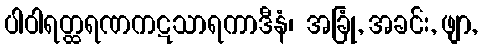
ပါဝါရတ္ထရဏကဋသာရကာဒီနံ၊ အခြုံ, အခင်း, ဖျာ,